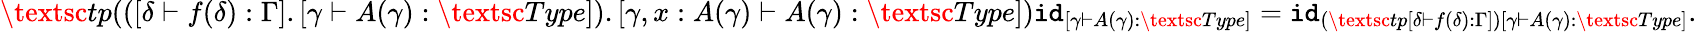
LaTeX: \textsc{tp}(([\delta\vdash f(\delta):\Gamma].[\gamma\vdash A(\gamma):\textsc{Type}]).[\gamma,x:A(\gamma)\vdash A(\gamma):\textsc{Type}])\texttt{id}_{[\gamma\vdash A(\gamma):\textsc{Type}]}=\texttt{id}_{(\textsc{tp}[\delta\vdash f(\delta):\Gamma])[\gamma\vdash A(\gamma):\textsc{Type}]}.